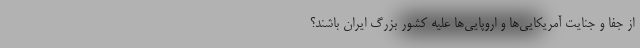
از جفا و جنایت آمریکایی‌ها و اروپایی‌ها علیه کشور بزرگ ایران باشند؟